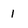
Character: 1